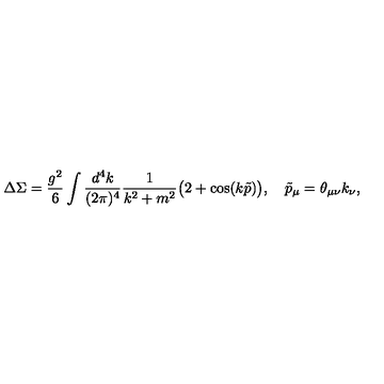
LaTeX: \Delta \Sigma = \frac { g ^ { 2 } } 6 \int \frac { d ^ { 4 } k } { ( 2 \pi ) ^ { 4 } } \frac 1 { k ^ { 2 } + m ^ { 2 } } \big ( 2 + \cos ( k \tilde { p } ) \big ) , \quad \tilde { p } _ { \mu } = \theta _ { \mu \nu } k _ { \nu } ,